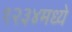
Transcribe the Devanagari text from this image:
१२३४मध्ये